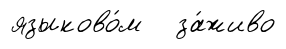
языково́м за́живо